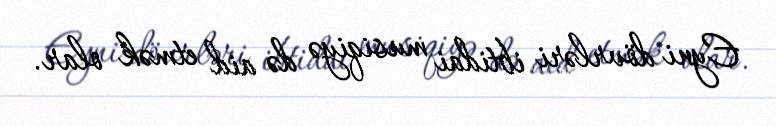
Eyni dövrləri ibtidai musiqiyə də aid etmək olar.